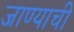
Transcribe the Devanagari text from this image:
जाण्‍याची